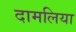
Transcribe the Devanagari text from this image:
दामलिया